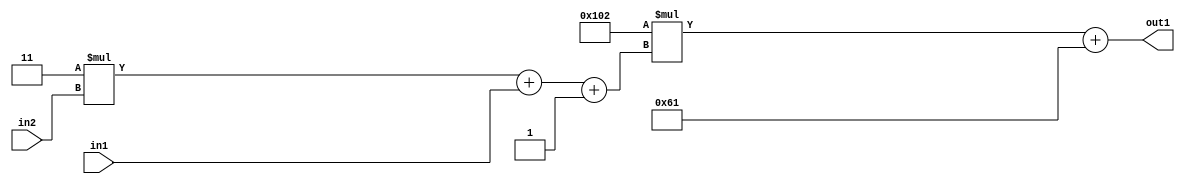
`timescale 1ps / 1ps
/*****************************************************************************
    Verilog RTL Description
    
    
    Created by: Stratus DpOpt 2019.1.01 
*******************************************************************************/

module DC_Filter_Add2i97Mul2i258Add3i1u1Mul2i3u2_4 (
	in2,
	in1,
	out1
	); /* architecture "behavioural" */ 
input [1:0] in2;
input  in1;
output [11:0] out1;
wire [11:0] asc001;
wire [3:0] asc002;

wire [3:0] asc002_tmp_0;
wire [3:0] asc002_tmp_1;
assign asc002_tmp_1 = 
	+(4'B0011 * in2);
assign asc002_tmp_0 = asc002_tmp_1
	+(in1);
assign asc002 = asc002_tmp_0
	+(4'B0001);

wire [11:0] asc001_tmp_2;
assign asc001_tmp_2 = 
	+(12'B000100000010 * asc002);
assign asc001 = asc001_tmp_2
	+(12'B000001100001);

assign out1 = asc001;
endmodule

/* CADENCE  vrTwSQo= : u9/ySgnWtBlWxVPRXgAZ4Og= ** DO NOT EDIT THIS LINE ******/